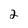
Character: 2